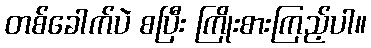
တစ်ခေါက်ပဲ စပြီး ကြိုးစားကြည့်ပါ။